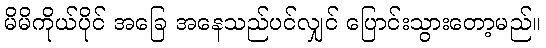
မိမိကိုယ်ပိုင် အခြေ အနေသည်ပင်လျှင် ပြောင်းသွားတော့မည်။